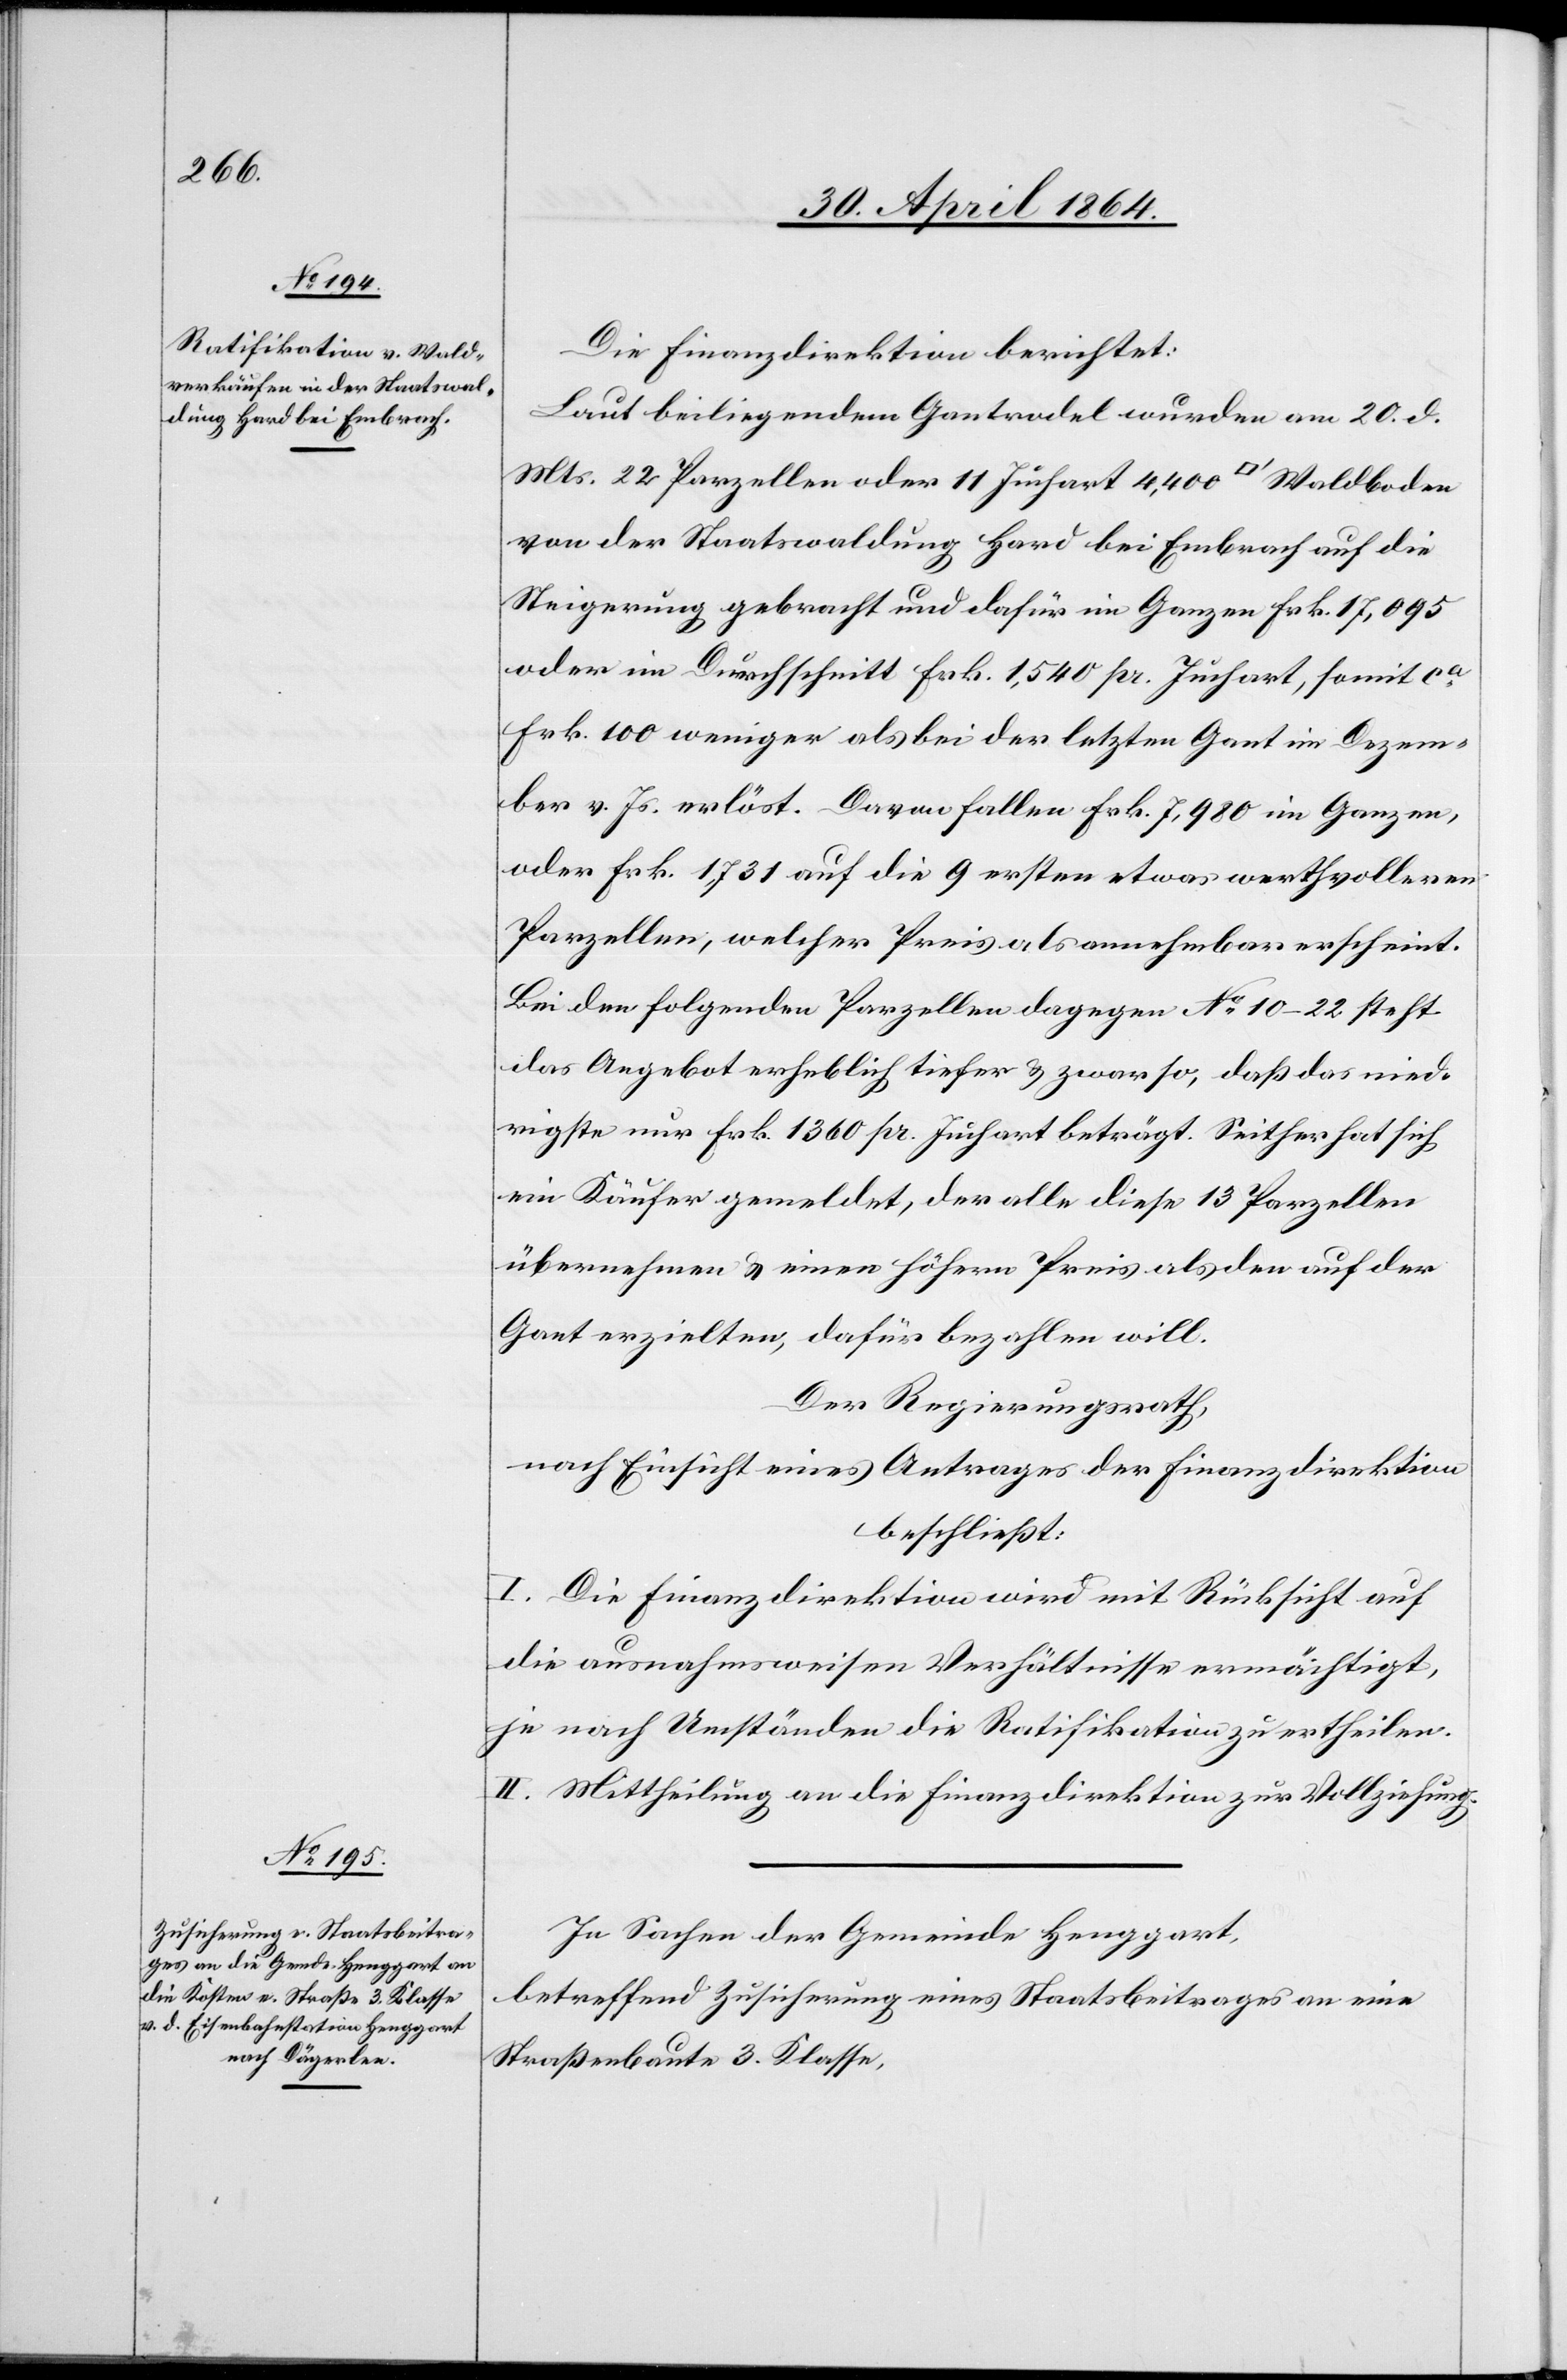
Die Finanzdirektion berichtet:
Laut beiliegendem Gantrodel wurden am 20. d.
Mts. 22 Parzellen oder 11 Juchart 4,400 [Quadratfuss] Waldboden
von der Staatswaldung Hard bei Embrach auf die
Steigerung gebracht und dafür im Ganzen Frk. 17,095
oder im Durchschnitt Frk. 1,540 pr. Juchart, somit ca
Frk. 100 weniger als bei der letzten Gant im Dezem¬
ber v. Js. erlöst. Davon fallen Frk. 7,980 im Ganzen,
oder Frk. 1,731 auf die 9 ersten etwas werthvolleren
Parzellen, welcher Preis als annehmbar erscheint.
Bei den folgenden Parzellen dagegen No 10–22 steht
das Angebot erheblich tiefer u. zwar so, daß das nied¬
rigste nur Frk. 1360 pr. Juchart beträgt. Seither hat sich
ein Käufer gemeldet, der alle diese 13 Parzellen
übernehmen u. einen höhern Preis als den auf der
Gant erzielten, dafür bezahlen will.
Der Regierungsrath,
nach Einsicht eines Antrages der Finanzdirektion
beschließt:
I. Die Finanzdirektion wird mit Rücksicht auf
die ausnahmsweisen Verhältnisse ermächtigt,
je nach Umständen die Ratifikation zu ertheilen.
II. Mittheilung an die Finanzdirektion zur Vollziehung.
In Sachen der Gemeinde Henggart,
betreffend Zusicherung eines Staatsbeitrages an eine
Straßenbaute 3. Klasse